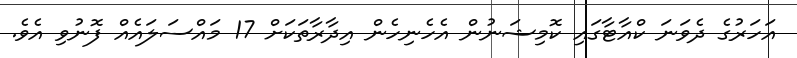
އަހަރުގެ ދެވަނަ ކްއާޓާގައި ކޮމިޝަނުން އެހެނިހެން އިދާރާތަކަށް 17 މައްސަލައެއް ފޮނުވި އެވެ.